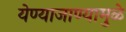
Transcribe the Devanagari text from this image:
येण्याजाण्यामुळे